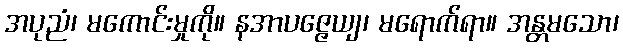
အပုညံ၊ မကောင်းမှုကို။ နအာပဇ္ဇေယျ၊ မရောက်ရာ။ အန္တမသော၊